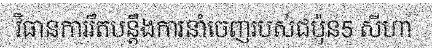
វិធានការរឹតបន្តឹងការនាំចេញរបស់ជប៉ុន5 សីហា